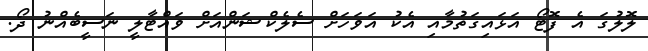
ލޮލުގަ އެ ފޮޓޯ އަޅައިގަތުމާއި އެކު އަވަހަށް ސެލެކްޝަންއަށް ވައްޓާލީ ނަސީބެއްނު ދޯ.